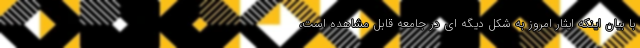
با بیان اینکه ایثار امروز به شکل دیگه ای در جامعه قابل مشاهده است،